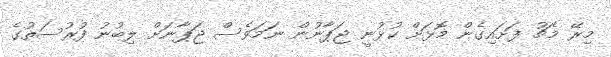
މިރޭ މެޗު ފަށައިގެން މޮޅަށް ކުޅުނީ ޖަޕާނުން ނަމަވެސް ޖަޕާނަށް ލިބުނު ފުރުސަތުގެ